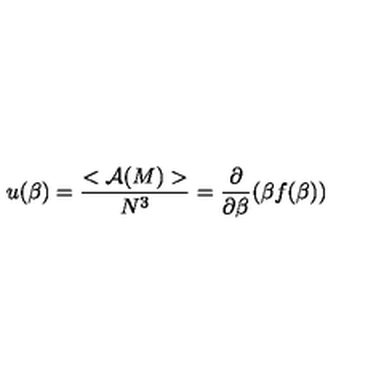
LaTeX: u ( \beta ) = \frac { < { \cal A } ( M ) > } { N ^ { 3 } } = \frac { \partial } { \partial \beta } ( \beta f ( \beta ) )